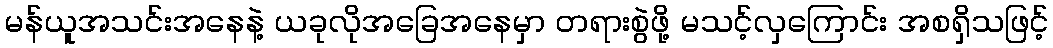
မန်ယူအသင်းအနေနဲ့ ယခုလိုအခြေအနေမှာ တရားစွဲဖို့ မသင့်လှကြောင်း အစရှိသဖြင့်